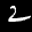
Label: 2